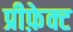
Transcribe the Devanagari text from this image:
प्रीफ़ेक्ट